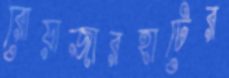
রোয়াজারহাটের